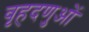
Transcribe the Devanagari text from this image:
वृहदणुओं